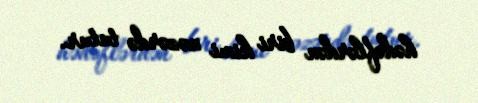
hədəflərdən biri kimi nəzərdə tutur.